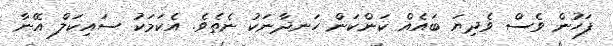
ފަހުން ވެސް ވެދިޔަ ބައެއް ކަންކަން ހަނދާނަކު ނެތެވެ. އެކަމަކު ސައިކަލް އޭނާ